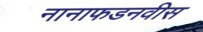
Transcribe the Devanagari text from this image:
नानाफडनवीस